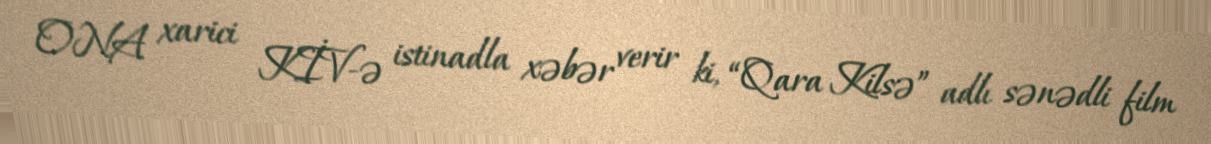
ONA xarici KİV-ə istinadla xəbər verir ki, “Qara Kilsə” adlı sənədli film